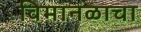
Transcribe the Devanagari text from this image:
विमानळाचा